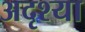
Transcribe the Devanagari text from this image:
अदृश्या